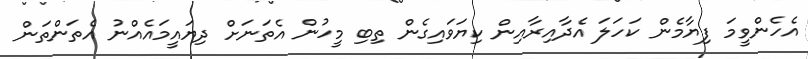
އެހެންވީމަ ފިޔާމެން ކަހަލަ އެދާއިރާއިން ކިޔަވައިގެން ތިބި މީހުން އެތަނަށް ދިޔައީމައެއްނު އެތަންތަން